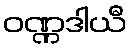
ဝဏ္ဏဒါယီ